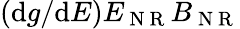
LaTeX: (\mathrm{d}{g}/\mathrm{d}{E})E_{\mathrm{~N~R~}}B_{\mathrm{~N~R~}}